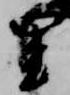
里